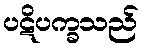
ပဋိပက္ခသည်